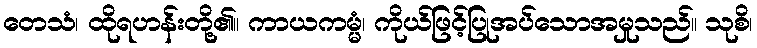
တေသံ၊ ထိုရဟန်းတို့၏။ ကာယကမ္မံ၊ ကိုယ်ဖြင့်ပြုအပ်သောအမှုသည်။ သုစိ၊